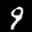
Label: 9